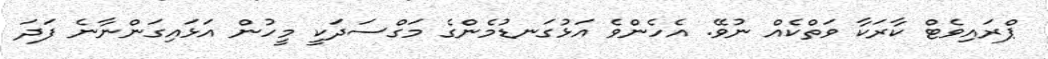
ޕްރައިވެޓް ކާރަކާ ވަތްކެއް ނުވޭ. އެހެންވެ އަޅުގަނޑުމެންގެ މަގްސަދަކީ މީހުން އަޅައިގަންނާނެ ފަދަ